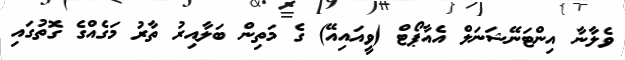
ވެލާނާ އިންޓަނޭޝަނަލް އެއާޕޯޓް (ވީއައިއޭ) ގެ މަތިން ބަލާއިރު ތާރު މަގެއްގެ ގޮތުގައި